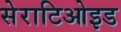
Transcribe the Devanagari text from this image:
सेराटिओइड